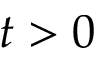
t > 0